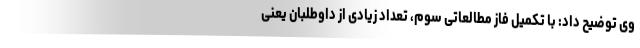
وی توضیح داد: با تکمیل فاز مطالعاتی سوم، تعداد زیادی از داوطلبان یعنی